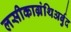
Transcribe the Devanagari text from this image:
लसीकाग्रंथिअर्बुद